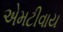
એમટીવાય